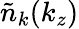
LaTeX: \tilde{n}_{k}(k_{z})